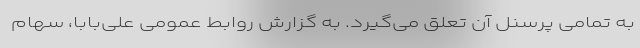
به تمامی پرسنل آن تعلق می‌گیرد. به گزارش روابط عمومی علی‌بابا، سهام